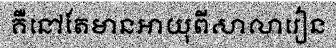
គឺនៅតែមានអាយុពីសាលារៀន